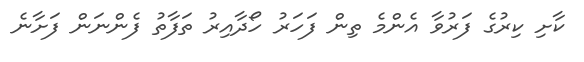
ކާށި ކިރުގެ ފަރުވާ އެންމެ ތިން ފަހަރު ހޯދާއިރު ތަފާތު ފެންނަން ފަށާނެ